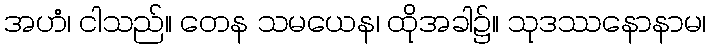
အဟံ၊ ငါသည်။ တေန သမယေန၊ ထိုအခါ၌။ သုဒဿနောနာမ၊